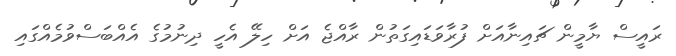
ރައީސް ޔާމީން ޗައިނާއަށް ފުރާވަޑައިގަތުން ރާއްޖެ އަށް ހިލޭ އެހީ ދިނުމުގެ އެއްބަސްވުމެއްގައި